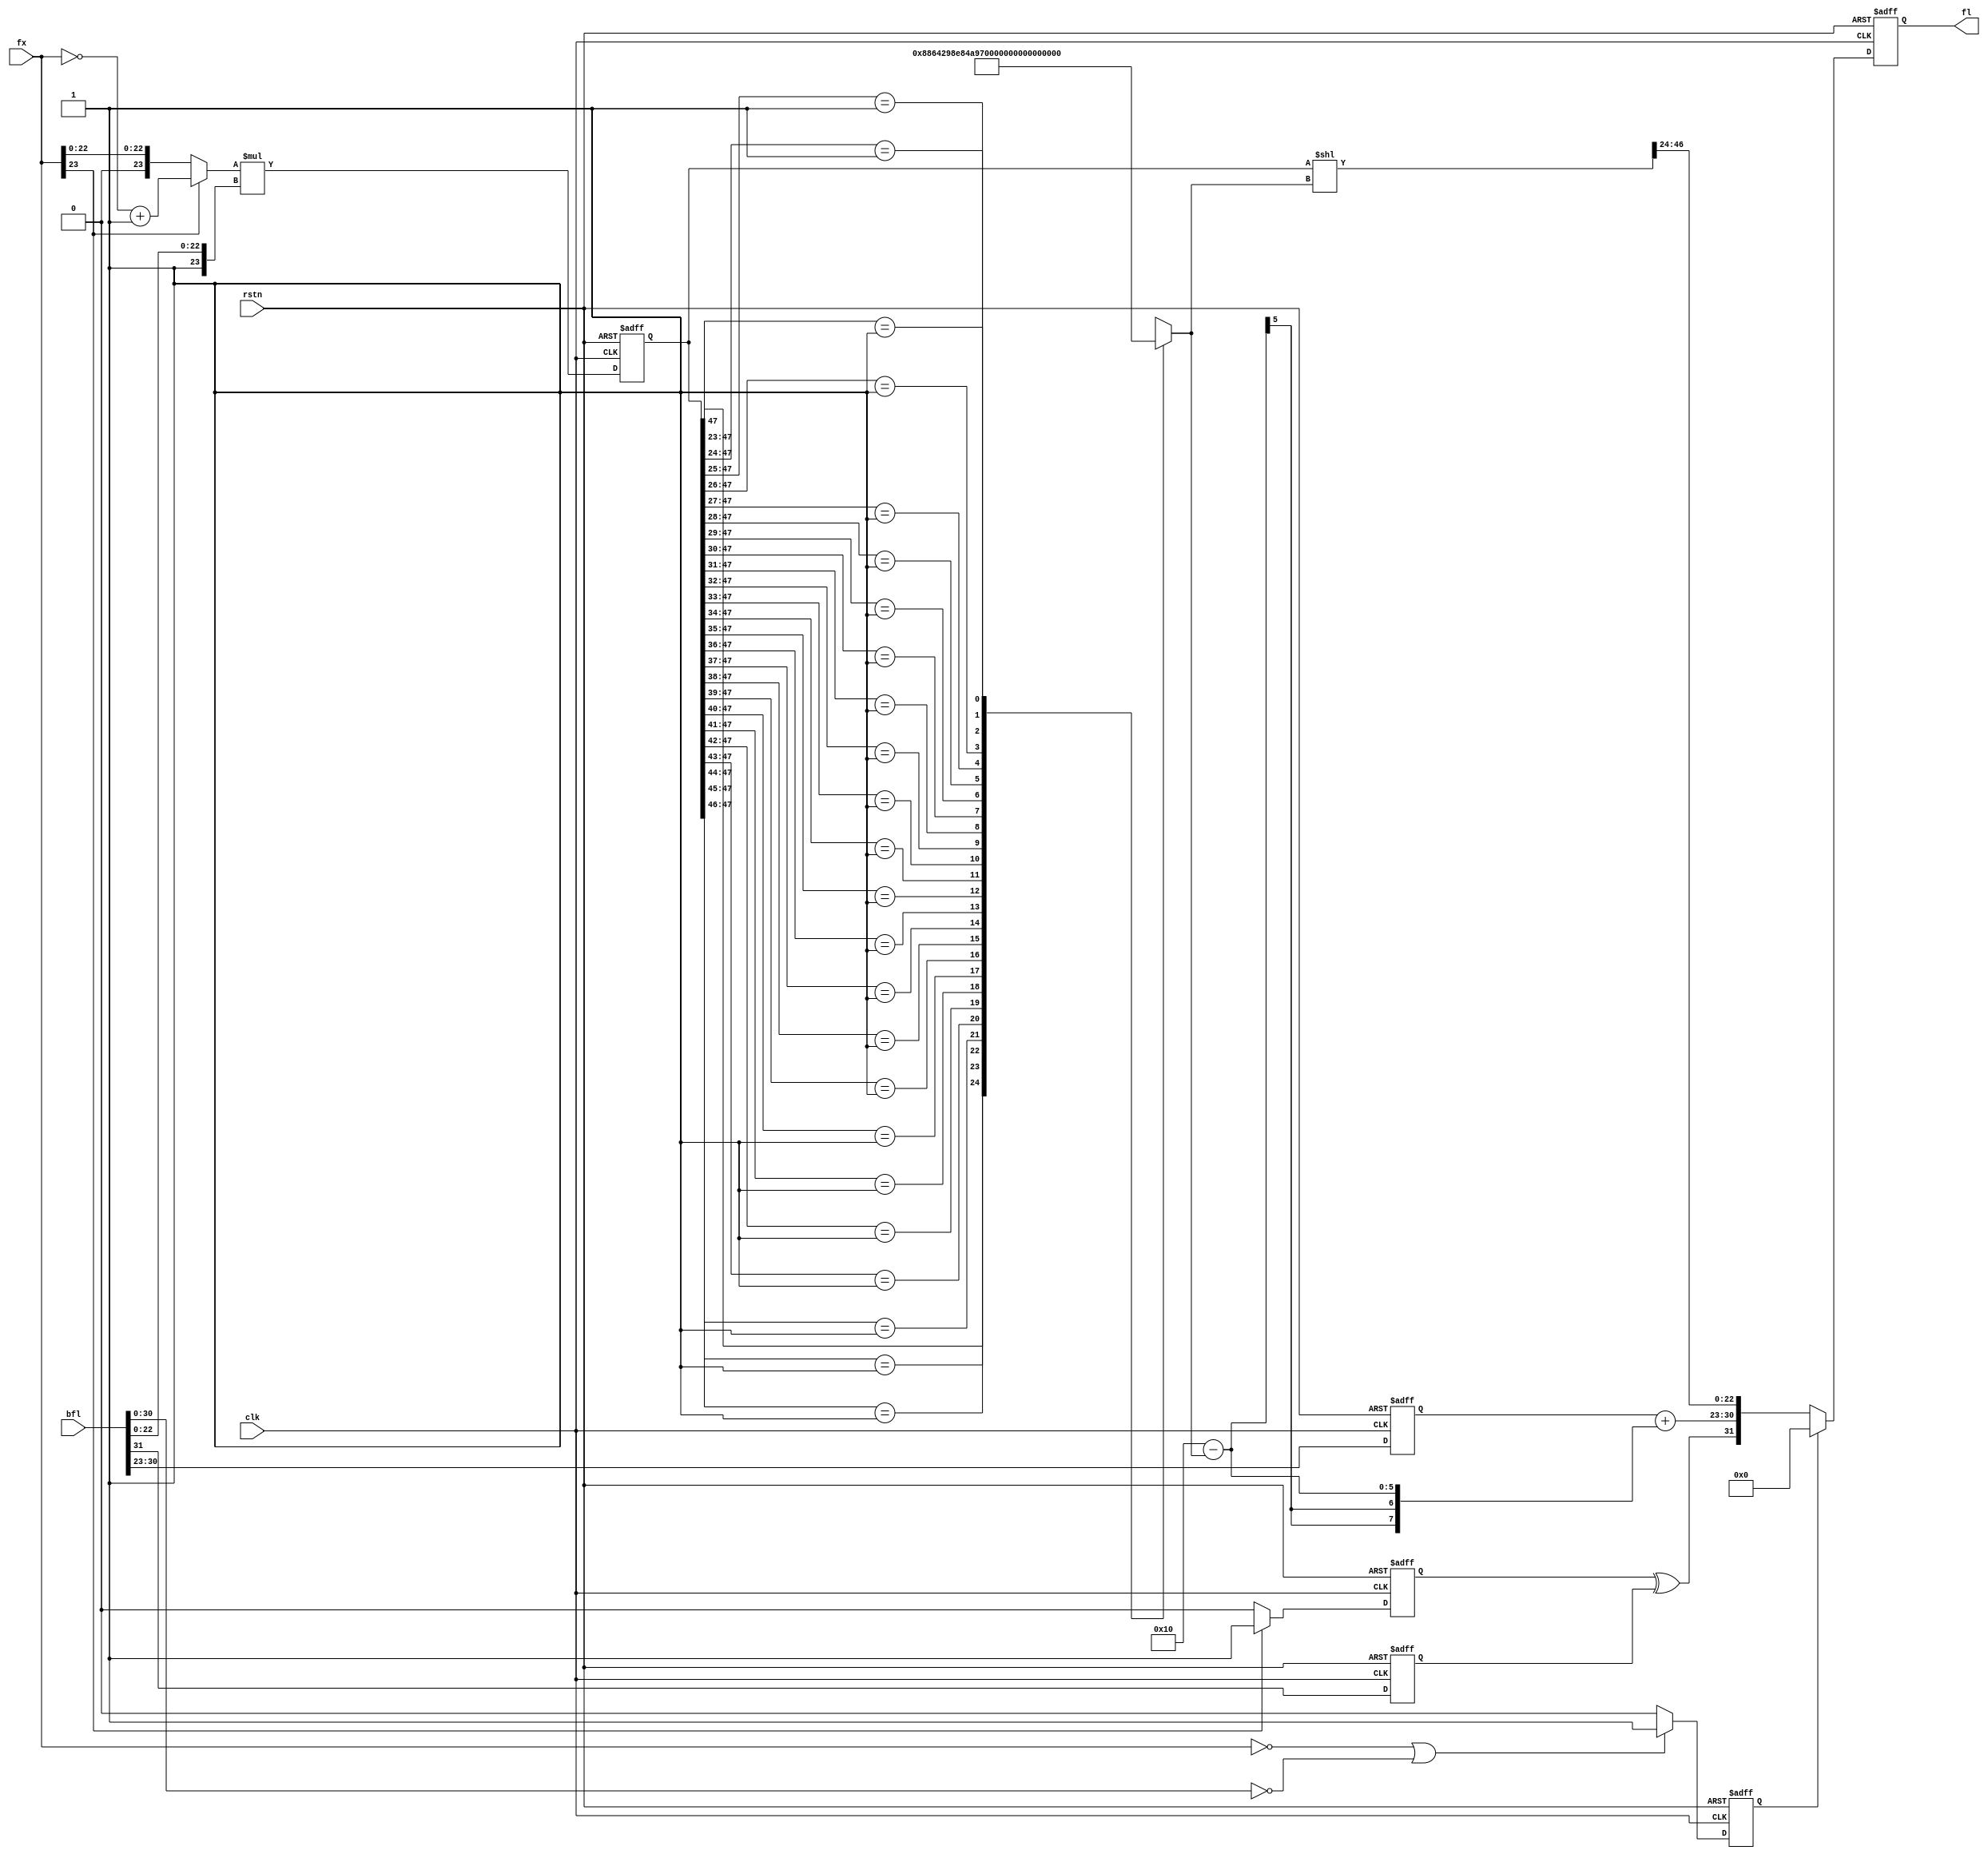
module flt_fx_mult
	(
	input	     	clk,
	input	     	rstn,
	input	[23:0]	fx,
	input	[31:0]	bfl,

	output	reg [31:0]	fl
	);

reg		sfx;		// Sign of fixed
reg	[23:0]	afx;		// Absolute fixed


reg	[4:0]	nom_shft_1;	// Normalize shift.
reg	[47:0]	nmfl_1;		// Mantisa of the Float
reg	[47:0]	mfl_1;		// Multiply Result.
reg		sfx_1;
reg		sbfl_1;
reg	[7:0]	efl_1;		// Exponent of the Float
reg	[7:0]	ebfl_1;		// Exponent of the Float
reg		sfl_1;		// Sign of float
reg		result0;
reg		result0_1;

always @* // Take the absolute value of AFX.
        begin
                if(fx[23]) begin
                                sfx = 1;
                                afx = ~fx + 1;
                end else begin
                                sfx = 0;
                                afx = fx;
                end
		if((fx==0) || (bfl[30:0]==0))result0 = 1;
		else result0 = 0;
        end

// Calculate the Mantissa.
always @(posedge clk, negedge rstn) begin
	if(!rstn) begin
		mfl_1     <= 47'h0;
        	sfx_1     <= 1'b0;
		sbfl_1    <= 1'b0;
		ebfl_1    <= 8'h0;
		result0_1 <= 1'b0;

	end else begin
		mfl_1     <= afx * {1'b1,bfl[22:0]};
        	sfx_1     <= sfx;
		sbfl_1    <= bfl[31];
		ebfl_1    <= bfl[30:23];
		result0_1 <= result0;
	end
end


always @* begin
		casex(mfl_1[47:23]) /* synopsys full_case parallel_case */
		25'b1xxxxxxxxxxxxxxxxxxxxxxxx: nom_shft_1=0;
		25'b01xxxxxxxxxxxxxxxxxxxxxxx: nom_shft_1=1;
		25'b001xxxxxxxxxxxxxxxxxxxxxx: nom_shft_1=2;
		25'b0001xxxxxxxxxxxxxxxxxxxxx: nom_shft_1=3;
		25'b00001xxxxxxxxxxxxxxxxxxxx: nom_shft_1=4;
		25'b000001xxxxxxxxxxxxxxxxxxx: nom_shft_1=5;
		25'b0000001xxxxxxxxxxxxxxxxxx: nom_shft_1=6;
		25'b00000001xxxxxxxxxxxxxxxxx: nom_shft_1=7;
		25'b000000001xxxxxxxxxxxxxxxx: nom_shft_1=8;
		25'b0000000001xxxxxxxxxxxxxxx: nom_shft_1=9;
		25'b00000000001xxxxxxxxxxxxxx: nom_shft_1=10;
		25'b000000000001xxxxxxxxxxxxx: nom_shft_1=11;
		25'b0000000000001xxxxxxxxxxxx: nom_shft_1=12;
		25'b00000000000001xxxxxxxxxxx: nom_shft_1=13;
		25'b000000000000001xxxxxxxxxx: nom_shft_1=14;
		25'b0000000000000001xxxxxxxxx: nom_shft_1=15;
		25'b00000000000000001xxxxxxxx: nom_shft_1=16;
		25'b000000000000000001xxxxxxx: nom_shft_1=17;
		25'b0000000000000000001xxxxxx: nom_shft_1=18;
		25'b00000000000000000001xxxxx: nom_shft_1=19;
		25'b000000000000000000001xxxx: nom_shft_1=20;
		25'b0000000000000000000001xxx: nom_shft_1=21;
		25'b00000000000000000000001xx: nom_shft_1=22;
		25'b000000000000000000000001x: nom_shft_1=23;
		25'b0000000000000000000000001: nom_shft_1=24;
		endcase
	end

// Calculate the sign bit.
always @* sfl_1 = sfx_1 ^ sbfl_1;

// Calculate the Exponant.
always @* efl_1 = ebfl_1 + (8'h10 - nom_shft_1);

always @* nmfl_1 = mfl_1 << nom_shft_1;

always @(posedge clk, negedge rstn)	//(SFL or EFL or MFL or FX or BFL)
	begin
		if(!rstn) fl <= 32'h0;
		else if(result0_1) fl <= 32'h0;
		else fl <= {sfl_1,efl_1,nmfl_1[46:24]};
	end


endmodule